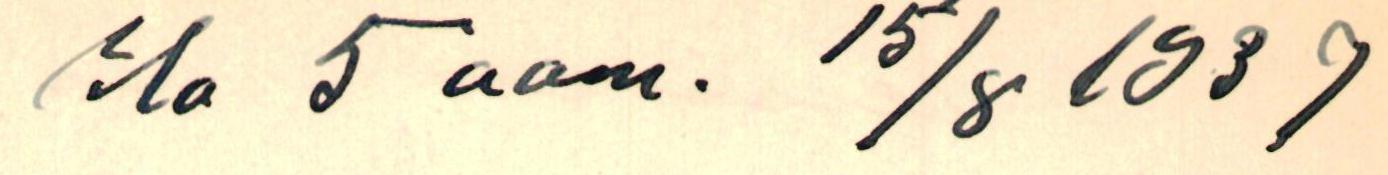
Elo 5 aam. 15/8 1937